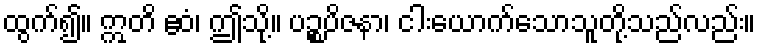
ထွက်၍။ ဣတိ ဧဝံ၊ ဤသို့။ ပဉ္စပိဇနာ၊ ငါးယောက်သောသူတို့သည်လည်း။